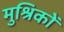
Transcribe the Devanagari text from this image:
मुश्रिकों